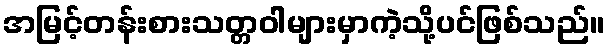
အမြင့်တန်းစားသတ္တဝါများမှာကဲ့သို့ပင်ဖြစ်သည်။